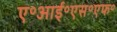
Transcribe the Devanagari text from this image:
ए॰आई॰एस॰एफ॰